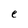
Character: e